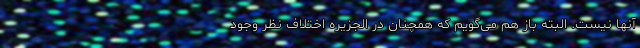
آنها نیست. البته باز هم می‌گویم که همچنان در الجزیره اختلاف نظر وجود